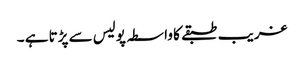
غریب طبقے کا واسطہ پولیس سے پڑتا ہے ۔